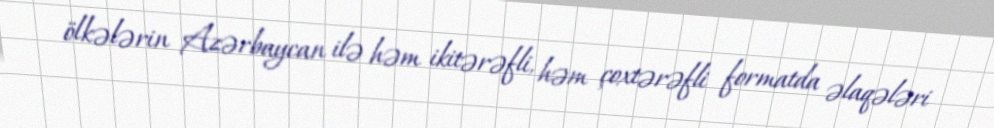
ölkələrin Azərbaycan ilə həm ikitərəfli, həm çoxtərəfli formatda əlaqələri